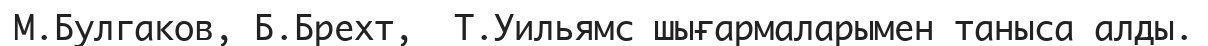
М.Булгаков, Б.Брехт,  Т.Уильямс шығармаларымен таныса алды.